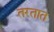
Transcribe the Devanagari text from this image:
तरतात